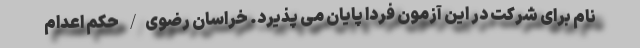
نام برای شرکت در این آزمون فردا پایان می پذیرد. خراسان رضوی/ حکم اعدام